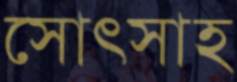
সোৎসাহ